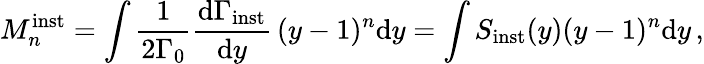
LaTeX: M_{n}^{\mathrm{inst}}=\int{\frac{1}{2\Gamma_{0}}}{\frac{\mathrm{d}\Gamma_{\mathrm{inst}}}{\mathrm{d}y}}\, (y-1)^{n}\mathrm{d}y=\int S_{\mathrm{inst}}(y)(y-1)^{n}\mathrm{d}y\, ,